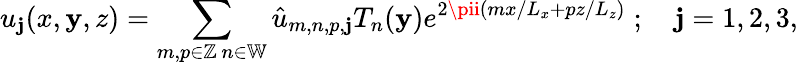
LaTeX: u_{\mathbf{j}}(x,\mathbf{y},z)=\sum_{\substack{m,p\in\mathbb{{Z}}\, n\in\mathbb{{W}}}}\hat{{u}}_{m,n,p,\mathbf{j}}T_{n}(\mathbf{y})e^{2\pii\left({mx}/{L_{x}}+{pz}/{L_{z}}\right)}\; ;\quad\mathbf{j}=1,2,3,